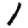
Digit: 1